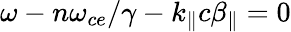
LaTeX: \omega-n\omega_{ce}/\gamma-k_{\| }c\beta_{\| }=0